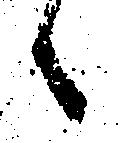
候